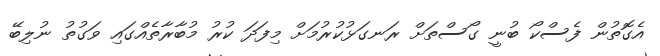
އެގޮތުން ފެސްކޯ ބުނީ ގޯސްތަށް ރަނގަޅުކުރުމަށް މިފަދަ ކުރު މުބާރާތެއްގައި ވަގުތު ނުލިބޭ